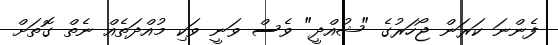
ފެންނަ ކަރަން ޖޯހަރުގެ "ޝުއްދީ" ވެސް ވަނީ ވަކި މުއްދަތެއް ނެތް ގޮތަށް